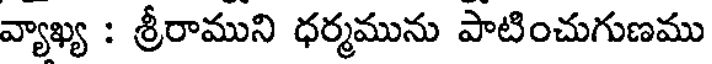
వ్యాఖ్య : శ్రీరాముని ధర్మమును పాటించుగుణము